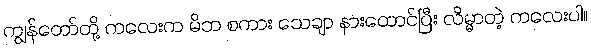
ကျွန်တော်တို့ ကလေးက မိဘ စကား သေချာ နားထောင်ပြီး လိမ္မာတဲ့ ကလေးပါ။